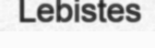
Lebistes